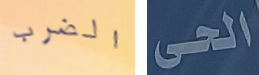
الضرب الحى